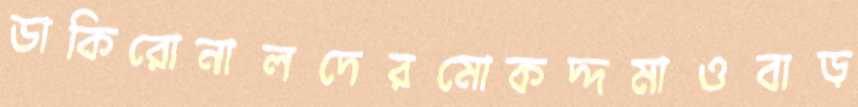
ডাকিরোনালদেরমোকদ্দমাওবাড়